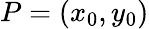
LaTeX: P=(x_{0},y_{0})